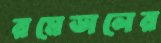
রমেডালের